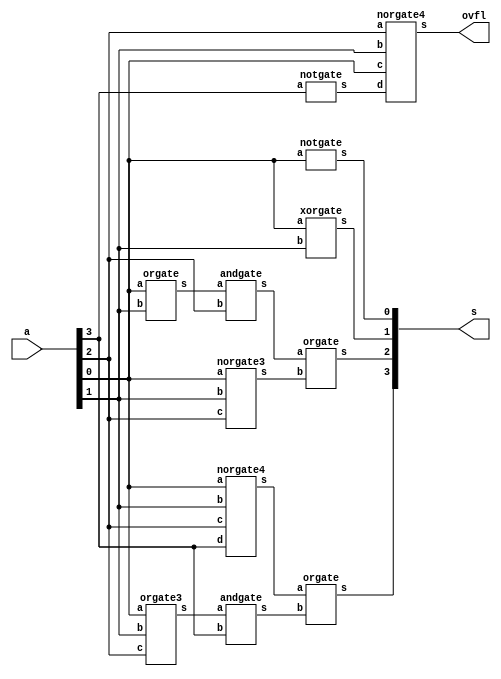
// -------------------------
// Exemplo0031  FULL ADDER/SUBTRACTOR 
// Nome: Andr Henriques Fernandes
// ------------------------- 
 
// ------------------------- 
//   
// ------------------------- 

module decremento (output [3:0] s, output ovfl,
                                   input [3:0] a);

        wire w0,w1,w2,w3,w4,w5,n1,n2,n3;
        orgate3 OR1(w0,a[0],a[1],a[2]);
        andgate AND1(w1,w0,a[3]);
        norgate4 NOR1(w2,a[0],a[1],a[2],a[3]);
        orgate OR2(s[3],w2,w1);

        orgate OR3(w3,a[0],a[1]);
        andgate AND2(w4,w3,a[2]);
        norgate3 NOR2(w5,a[0],a[1],a[2]);
        orgate OR4(s[2],w4,w5);

        xorgate XOR1(s[1],a[0],a[1]);

        notgate NOT1(s[0],a[0]);

        notgate NOT2(n1,a[3]);
        norgate4 NOR3(ovfl,a[2],a[1],a[0],n1);


endmodule // fullAdder

module andgate (output s,
                               input a,  
                               input b);
  assign s = a & b;
endmodule

module norgate4 (output s,
                               input a,
                               input b,
                               input c,
                               input d);
  wire x,y;
  norgate NOR1(x,a,b);
  norgate NOR2(y,x,c);
  norgate NOR3(s,y,d);
endmodule

module norgate3 (output s,
                               input a,
                               input b,
                               input c);
  wire x;
  norgate NOR1(x,a,b);
  norgate NOR2(s,x,c);
endmodule

module orgate3 (output s,
                               input a,
                               input b,
                               input c);
  wire x;
  orgate OR1(x,a,b);
  orgate OR2(s,x,c);
endmodule

module norgate (output s,
                               input a,  
                               input b);
  assign s = ~(a|b);
endmodule

module notgate (output s,
                               input a);
  assign s = ~a;
endmodule

module xorgate (output s,
                               input a,  
                               input b);
  assign s = a ^ b;
endmodule
module orgate (output s,
                               input a,
                               input b);
  assign s = a | b;
endmodule

module test_fullAdder;
// ------------------------- definir dados
      reg [3:0] x = 4'b0000;
      wire ovfl;
      wire [3:0] result;

      decremento DEC1(result,ovfl,x);


// ------------------------- parte principal
 initial begin
      $display("Exemplo0021 - Andr Henriques Fernandes - 427386");
      $display("Test ALUs full adder");

      $monitor("%4b - 1 = %4b Overflow = %1b",x,result,ovfl);

      #1 x=4'b0110;

      #1 x=4'b0111;

      #1 x=4'b1000;

      #1 x=4'b0101;

      #1 x=4'b0011;

      #1 x=4'b0100;


 end
 
endmodule // test_fullAdder